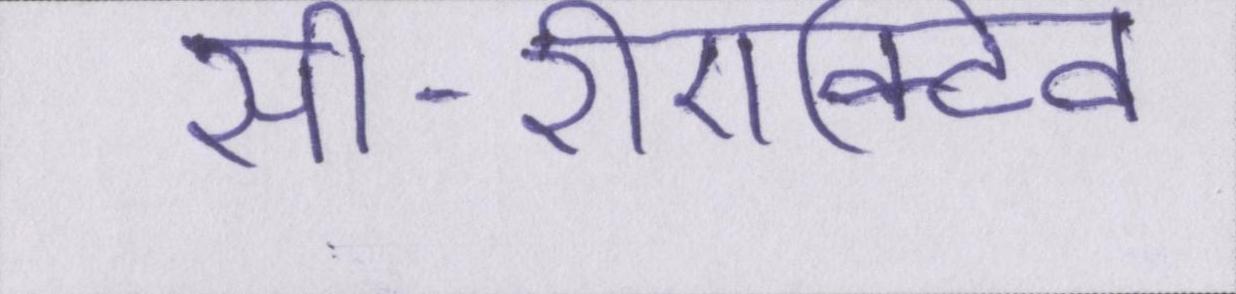
सी-रीएक्टिव